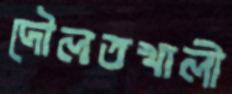
দৌলতখালী